Vaccination North-Western Provinces 1866-1877 - 1866-1877
Year: 1866
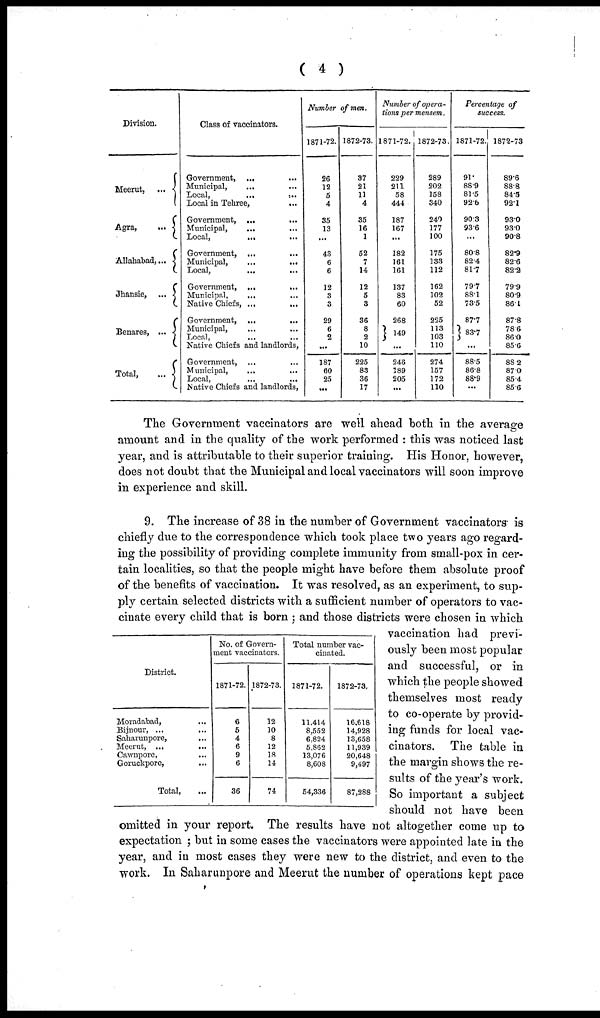
( 4 )
Division.
Meerut, ...
Agra, ...
Allahabad, ...
Jhansie, ...
Benares, ...
Total,
...
Clas3 of vaccinators.
Government,
...
...
Municipal,
...
Local,
...
...
Local in Tehree,
...
Government, ... ...
Municipal, ... ...
Local,
...
...
Government,
...
...
Municipal,
...
...
Local,
...
...
Government,
...
...
Municipal, ... ...
Native Chiefs, ... ...
Government,
...
...
Municipal, ... ...
Local, ... ...
Native Chiefs and landlords,
Government, ... ...
Municipal, ... ...
Local, ... ...
Native Chiefs and landlords,
Number of men.
1871-72.
26
12
5
4
35
13
...
43
6
6
12
3
3
29
6
2
...
187
60
25
...
1872-73.
37
21
11
4
35
16
1
52
7
14
12
5
3
36
8
2
10
225
83
36
17
Number of opera-
tions per mensem.
1871-72.
229
211
58
444
187
167
...
182
161
161
137
83
60
268
149
...
246
189
205
...
1872-73.
289
202
158
340
240
177
100
175
133
112
162
102
52
225
113
103
110
274
157
172
110
Percentage of
success.
1871-72.
91
88.9
81.5
92.6
90.3
93.6
...
80.8
82.4
81.7
79.7
88.1
73.5
87.7
83.7
...
88.5
86.8
88.9
...
1872-73
89.6
88.8
84.5
92.1
93.0
93.0
90.8
82.9
82.6
82.2
79.9
80.9
86.1
87.8
78.6
86.0
85.6
88.2
87 0
85 4
85 6
The Government vaccinators are well ahead both in the average
amount and in the quality of the work performed : this was noticed last
year, and is attributable to their superior training. His Honor, however,
does not doubt that the Municipal and local vaccinators will soon improve
in experience and skill.
District.
Moradabad, ...
Bijnour, ... ...
Saharunpore,
...
Meerut,
...
Cawnpore, ... ...
Goruckpore, ...
Total, ...
No. of Govern-
ment vaccinators.
1871-72.
6
5
4
6
9
6
36
1872-73.
12
10
8
12
18
14
74
Total number vac-
cinated.
1871-72.
11.414
8,552
6.824
5,862
13,076
8,608
54,336
1872-73,
16,618
14,928
13,658
11,939
20,648
9,497
87,288
9. The increase of 38 in the number of Government vaccinators is
chiefly due to the correspondence which took place two years ago regard-
ing the possibility of providing complete immunity from small-pox in cer-
tain localities, so that the people might have before them absolute proof
of the benefits of vaccination. It was resolved, as an experiment, to sup-
ply certain selected districts with a sufficient number of operators to vac-
cinate every child that is born ; and those districts were chosen in which
vaccination had previ-
ously been most popular
and successful, or in
which the people showed
themselves most ready
to co-operate by provid-
ing funds for local vac-
cinators. The table in
the margin shows the re-
sults of the year's work.
So important a subject
should not have been
omitted in your report. The results have not altogether come up to
expectation ; but in some cases the vaccinators were appointed late in the
year, and in most cases they were new to the district, and even to the
work. In Saharunpore and Meerut the number of operations kept pace